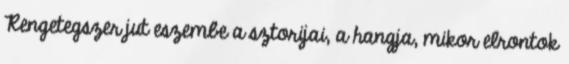
Rengetegszer jut eszembe a sztorijai, a hangja, mikor elrontok